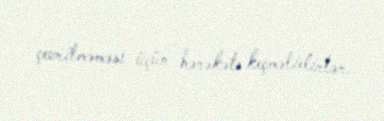
çevrilməməsi üçün hərəkətə keçməlidirlər.